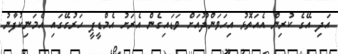
އަދި އޭގެ ކުރިން އެއަތޮޅު އިހަވަންދޫއަށް ވަޑައިގެން އެރަށު އެމްޑީޕީ ހަރުގޭގައި އެމަނިކުފާނު